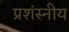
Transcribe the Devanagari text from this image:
प्रशंस्नीय